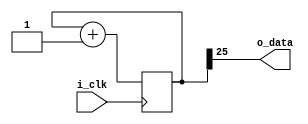
/*

Free-Running Timer Component

*/

`default_nettype none

module timer #(
  parameter WIDTH = 26,                 // width of counter chain
  parameter BITS = 1                    // number of timer output bits
) (
  input             i_clk,              // system clock
  output [BITS-1:0] o_data              // timer output bits
);

  // establish free-running counter
  reg [WIDTH-1:0] counter;
  initial counter = 0;
  always @(posedge i_clk)
    counter <= counter + 1'b1;

  assign o_data = counter[WIDTH-1:WIDTH-BITS];

endmodule